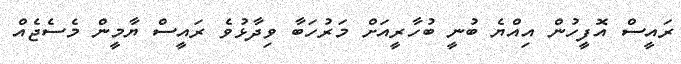
ރައީސް އޮފީހުން އިއްޔެ ބުނީ ބުހާރީއަށް މަރުހަބާ ވިދާޅުވެ ރައީސް ޔާމީން މެސެޖެއް